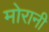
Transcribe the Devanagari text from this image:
मोरानी